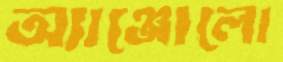
অ্যাঞ্জোলো